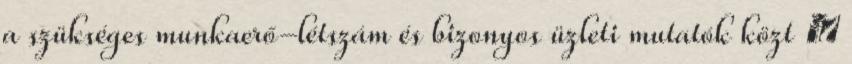
a szükséges munkaerő-létszám és bizonyos üzleti mutatók közt ◦